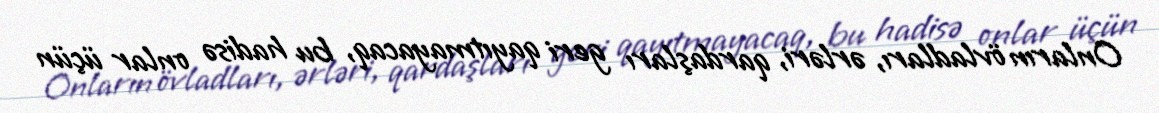
Onların övladları, ərləri, qardaşları geri qayıtmayacaq, bu hadisə onlar üçün